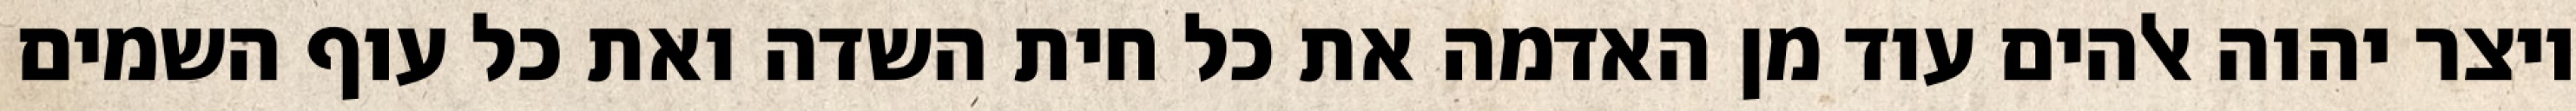
ויצר יהוה אלהים עוד מן האדמה את כל חית השדה ואת כל עוף השמים